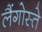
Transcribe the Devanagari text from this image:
लैंगोस्ते